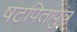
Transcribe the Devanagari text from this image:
षटपितापुत्र